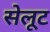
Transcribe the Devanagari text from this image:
सेलूट